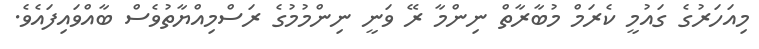
މިއަހަރުގެ ގައުމީ ކެރަމް މުބާރާތް ނިންމާ ރޭ ވަނީ ނިންމުމުގެ ރަސްމިއްޔާތުވެސް ބާއްވައިފައެވެ.